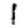
Digit: 1